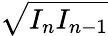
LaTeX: \sqrt{I_{n}I_{n-1}}